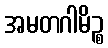
အမတဂါမိဉ္စ